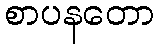
စာပနတော